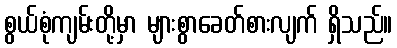
စွယ်စုံကျမ်းတို့မှာ များစွာခေတ်စားလျက် ရှိသည်။